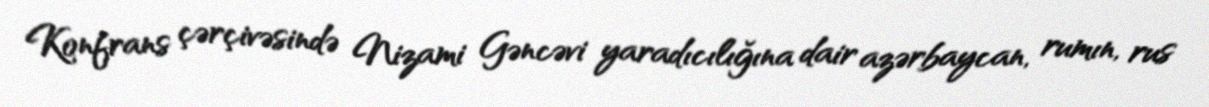
Konfrans çərçivəsində Nizami Gəncəvi yaradıcılığına dair azərbaycan, rumın, rus